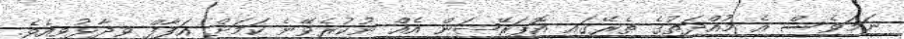
ނަމަވެސް އެ މުއްދަތުގެ ތެރޭގައި އޮޕަރޭޝަން އެއް ނުކުރެވޭނެ ކަމަށް އަފާފް ވިދާޅުވިއެވެ.